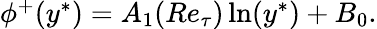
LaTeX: \begin{array}{r}{\phi^{+}(y^{\ast})=A_{1}(Re_{\tau})\ln(y^{\ast})+B_{0}.}\end{array}